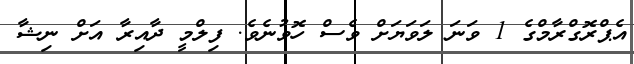
އެޕްރޮގްރާމްގެ 1 ވަނަ ލަވަޔަށް ވެސް ހޮވުނެވެ. ފިލްމީ ދާއިރާ އަށް ނިޝާ